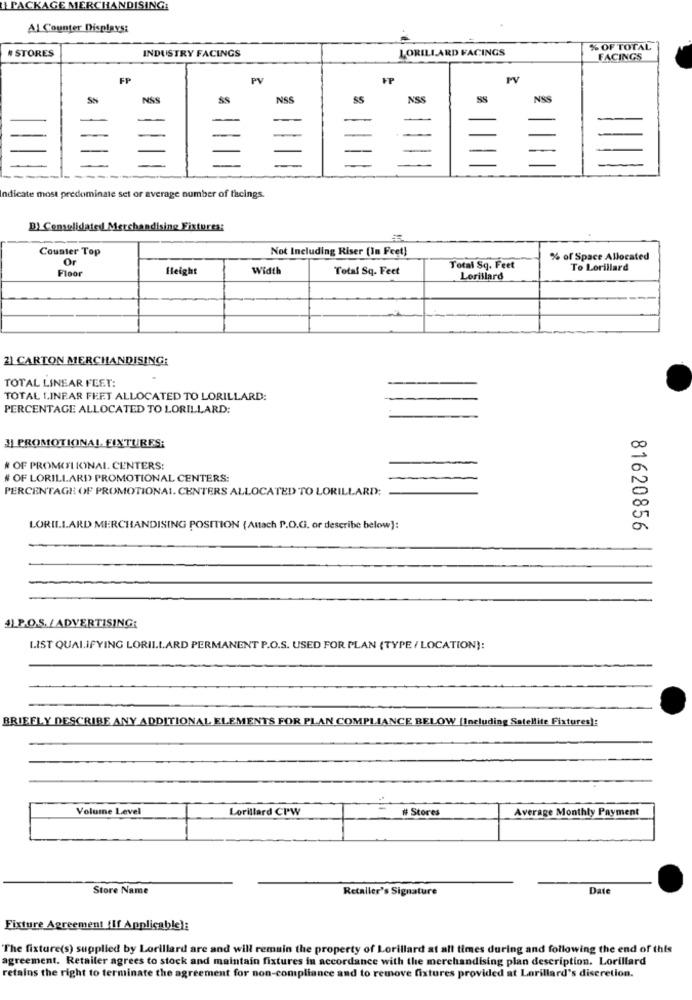
I PACKAGE MERCHANDISING:
Al Counter Displays:
# STORES
INDUSTRY FACINGS
LORILLARD FACINGS
% OF TOTAL
FACINGS
FP
PV
FP
PV
NSS
NSS
SS
NSS
NSS
Indicate most predominate set or average number of facings.
D) Cemelidated Merchandising Fixtures:
Counter Top
Not Including Riser (In Feet]
Or
% of Space Allocated
Floor
Height
Width
Total Sq. Feet
Total Sq. Feet
To Lorillard
Lorillard
2) CARTON MERCHANDISING:
TOTAL LINEAR FEET:
TOTAL LINEAR FEET ALLOCATED TO LORILLARD:
PERCENTAGE ALLOCATED TO LORILLARD:
31 PROMOTIONAL FIXTURES;
# OF PROMILIONAL CENTERS:
# OF LORILLARD PROMOTIONAL CENTERS:
PERCENTAGE OF PROMOTIONAL. CENTERS ALLOCATED TO LORILLARD:
LORILLARD MERCHANDISING POSITION {Attach P.O.G. or describe below]:
81620856
4L.P.O.S. /ADVERTISING:
LIST QUALIFYING LORILLARD PERMANENT P.O.S. USED FOR PLAN {TYPE / LOCATION):
BRIEFLY DESCRIBE ANY ADDITIONAL ELEMENTS FOR PLAN COMPLIANCE BELOW (Including Satellite Fixtures):
Volume Level
Lorillard CPW
# Stores
Average Monthly Payment
Store Name
Retailer's Signature
Date
Fixture Agreement (If Applicable):
"The fixture(s) supplied by Lorillard are and will remain the property of Lorillard at all times during and following the end of this
agreement. Retailer agrees to stock and maintain fixtures in accordance with the merchandising plan description. Lorillard
retains the right to terminate the agreement for non-compliance and to remove fixtures provided at Lorillard's discretion.